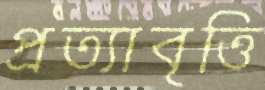
প্রত্যাবৃত্তি